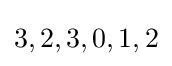
3,2,3,0,1,2